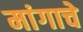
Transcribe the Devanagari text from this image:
मांगाचे